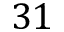
3 1